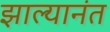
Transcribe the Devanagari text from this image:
झाल्यानंत